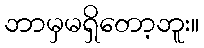
ဘာမှမရှိတော့ဘူး။